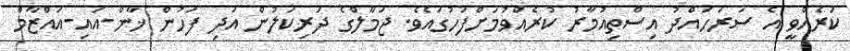
ކުރެއްވީ އެ ސަރަހައްދު އިސްތިއުމާރު ކުރެއްވުމަށްފަހުގައެވެ. ޖަމާލްގެ ދަރިކަލުން އަދި ފަހުން ޚާން-އައި-އައްޒާމް